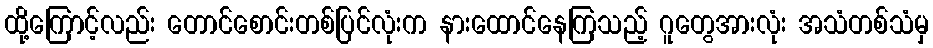
ထို့ကြောင့်လည်း တောင်စောင်းတစ်ပြင်လုံးက နားထောင်နေကြသည့် ဂူတွေအားလုံး အသံတစ်သံမှ